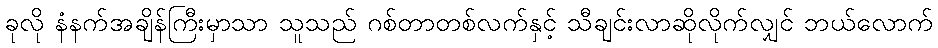
ခုလို နံနက်အချိန်ကြီးမှာသာ သူသည် ဂစ်တာတစ်လက်နှင့် သီချင်းလာဆိုလိုက်လျှင် ဘယ်လောက်